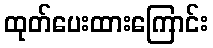
ထုတ်ပေးထားကြောင်း